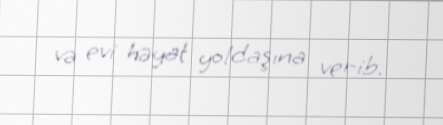
və evi həyat yoldaşına verib.